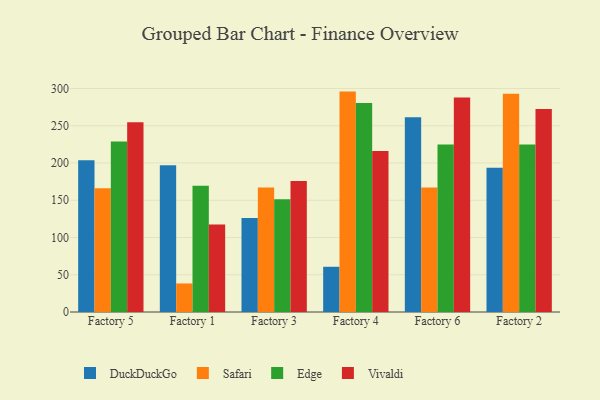
{"axis": {"x": "Factory", "y": "Churn Rate (%)"}, "legend": ["DuckDuckGo", "Edge", "Safari", "Vivaldi"], "data": [{"x": "Factory 5", "y": 203.7, "type": "DuckDuckGo"}, {"x": "Factory 5", "y": 166.2, "type": "Safari"}, {"x": "Factory 5", "y": 228.8, "type": "Edge"}, {"x": "Factory 5", "y": 254.8, "type": "Vivaldi"}, {"x": "Factory 1", "y": 196.8, "type": "DuckDuckGo"}, {"x": "Factory 1", "y": 38.3, "type": "Safari"}, {"x": "Factory 1", "y": 169.4, "type": "Edge"}, {"x": "Factory 1", "y": 117.5, "type": "Vivaldi"}, {"x": "Factory 3", "y": 126.2, "type": "DuckDuckGo"}, {"x": "Factory 3", "y": 167.2, "type": "Safari"}, {"x": "Factory 3", "y": 151.3, "type": "Edge"}, {"x": "Factory 3", "y": 175.7, "type": "Vivaldi"}, {"x": "Factory 4", "y": 60.7, "type": "DuckDuckGo"}, {"x": "Factory 4", "y": 295.8, "type": "Safari"}, {"x": "Factory 4", "y": 280.4, "type": "Edge"}, {"x": "Factory 4", "y": 216.2, "type": "Vivaldi"}, {"x": "Factory 6", "y": 261.5, "type": "DuckDuckGo"}, {"x": "Factory 6", "y": 167.0, "type": "Safari"}, {"x": "Factory 6", "y": 224.8, "type": "Edge"}, {"x": "Factory 6", "y": 287.8, "type": "Vivaldi"}, {"x": "Factory 2", "y": 193.7, "type": "DuckDuckGo"}, {"x": "Factory 2", "y": 293.0, "type": "Safari"}, {"x": "Factory 2", "y": 224.9, "type": "Edge"}, {"x": "Factory 2", "y": 272.4, "type": "Vivaldi"}]}